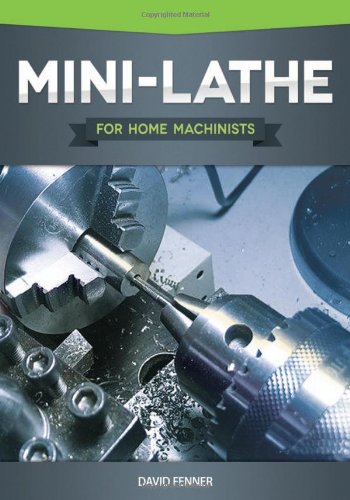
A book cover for Mini-Lathe for Home Machinists; David Fenner; Crafts, Hobbies & Home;